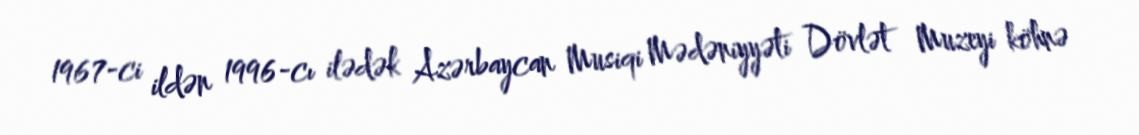
1967-ci ildən 1996-cı ilədək Azərbaycan Musiqi Mədəniyyəti Dövlət Muzeyi köhnə